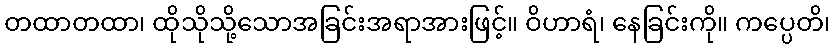
တထာတထာ၊ ထိုသိုသို့သောအခြင်းအရာအားဖြင့်။ ဝိဟာရံ၊ နေခြင်းကို။ ကပ္ပေတိ၊